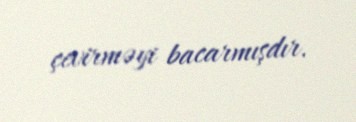
çevirməyi bacarmışdır.